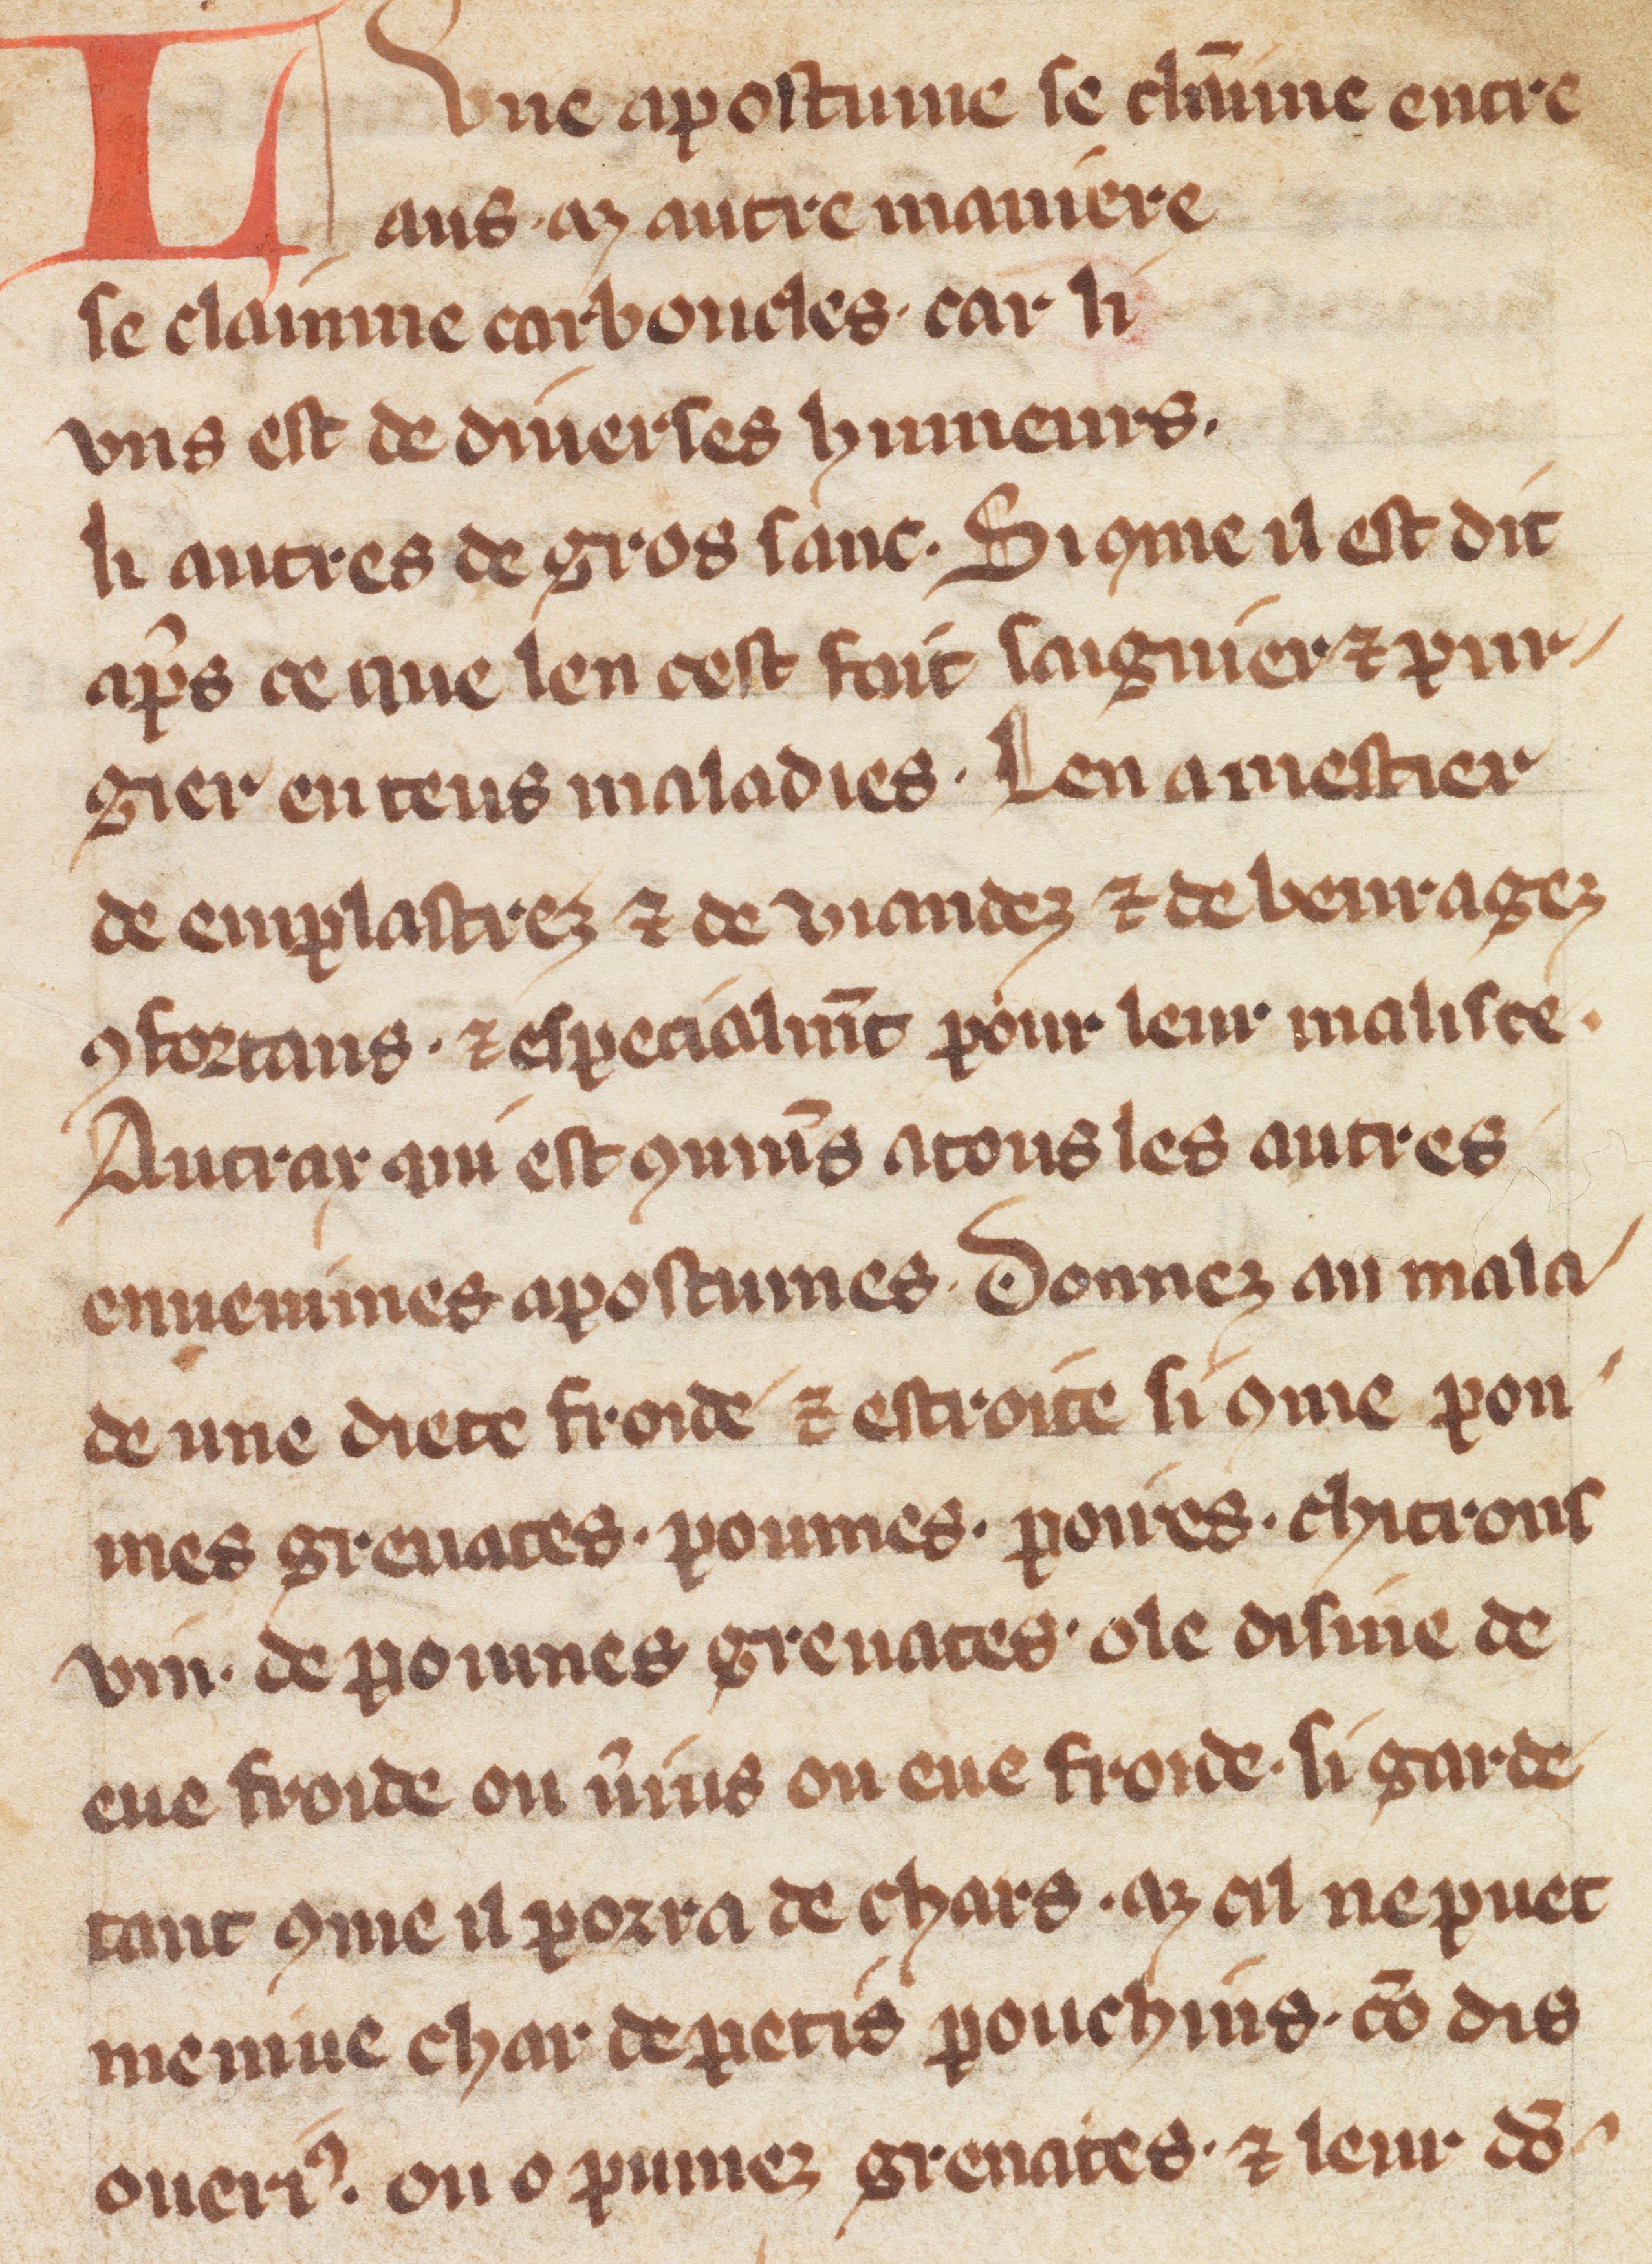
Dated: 1300–1330